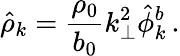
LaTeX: \hat{\rho}_{k}=\frac{\rho_{0}}{b_{0}}k_{\perp}^{2}\hat{\phi}_{k}^{b}\, .